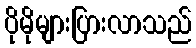
ပိုမိုများပြားလာသည်